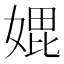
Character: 𭒇